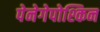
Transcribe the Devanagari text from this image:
पेनेगेपोश्किन